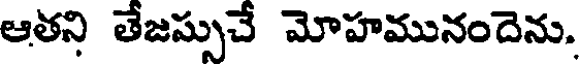
ఆతని తేజస్సుచే మోహమునందెను.